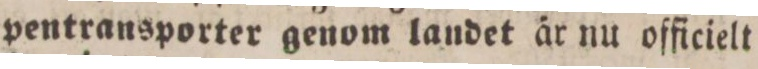
pentransporter genom landet år nu officielt